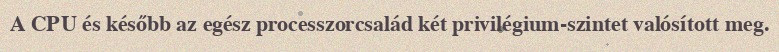
A CPU és később az egész processzorcsalád két privilégium-szintet valósított meg.